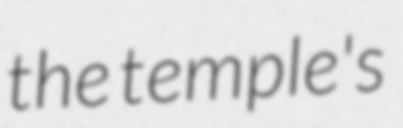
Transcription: the temple's